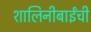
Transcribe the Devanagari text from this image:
शालिनीबाईंची